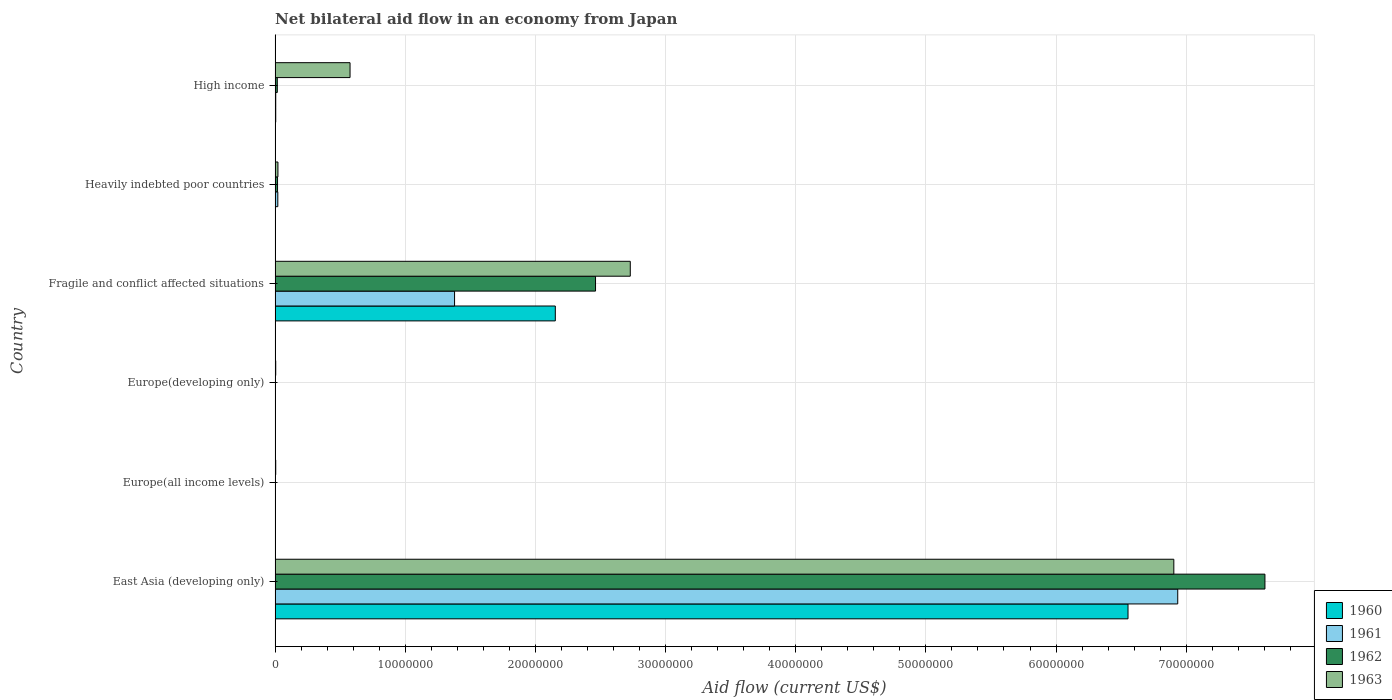
| Country | 1960 | 1961 | 1962 | 1963 |
 | --- | --- | --- | --- | --- |
 | East Asia (developing only) | 6.55e+07 | 6.94e+07 | 7.60e+07 | 6.90e+07 |
 | Europe(all income levels) | 1e+04 | 3e+04 | 3e+04 | 5e+04 |
 | Europe(developing only) | 1e+04 | 3e+04 | 3e+04 | 5e+04 |
 | Fragile and conflict affected situations | 2.15e+07 | 1.38e+07 | 2.46e+07 | 2.73e+07 |
 | Heavily indebted poor countries | 2e+04 | 2.1e+05 | 1.9e+05 | 2.2e+05 |
 | High income | 5e+04 | 5e+04 | 1.7e+05 | 5.76e+06 |